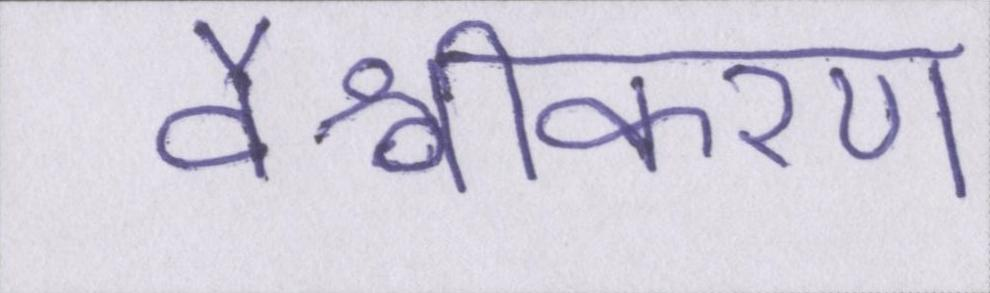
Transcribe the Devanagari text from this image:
वैश्वीकरण